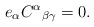
\begin{align*}e_\alpha C^\alpha{}_{\beta\gamma} = 0. \end{align*}